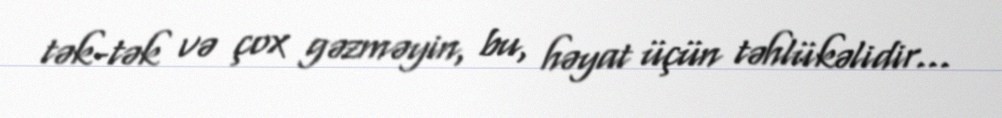
tək-tək və çox gəzməyin, bu, həyat üçün təhlükəlidir...